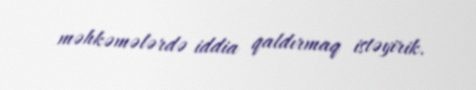
məhkəmələrdə iddia qaldırmaq istəyirik.